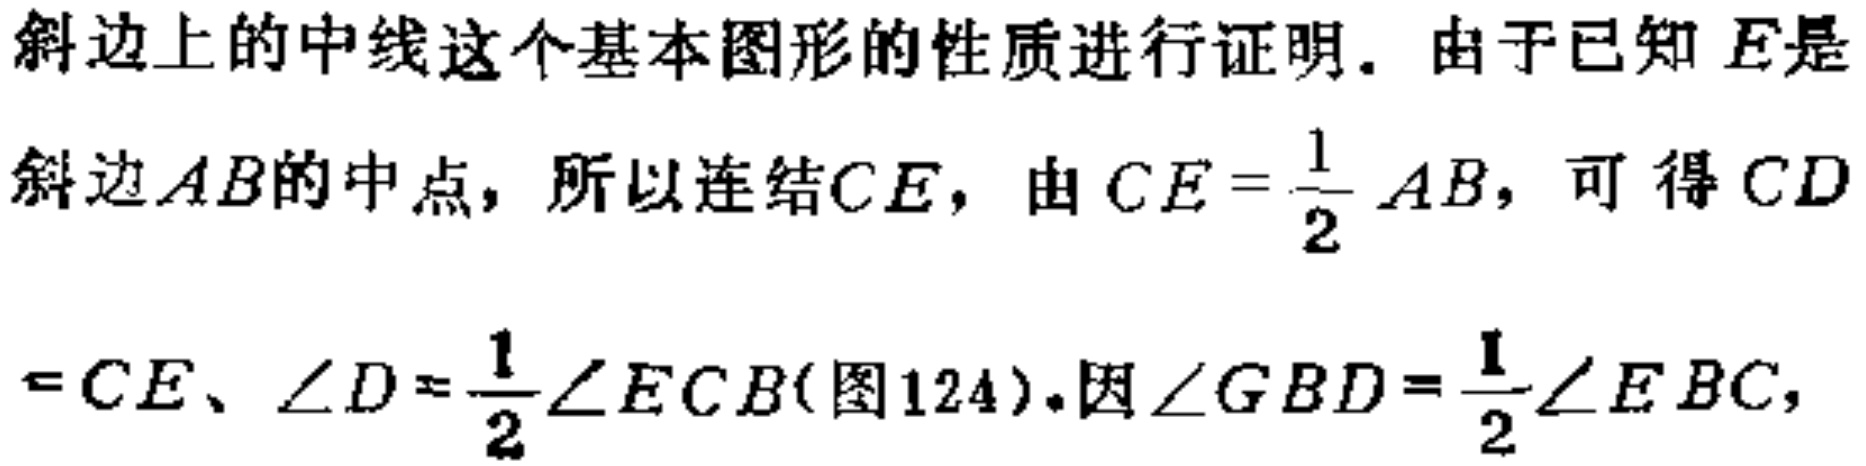
斜边上的中线这个基本图形的性质进行证明. 由于已知 \(E\)是

斜边 \(AB\)的中点, 所以连结\(CE\), 由 \(CE = \frac{1}{2} AB\), 可得 \(CD\)

\(=CE\)、\(\angle D=\frac{1}{2}\angle ECB\)(图124).因\(\angle GBD=\frac{1}{2}\angle EBC\),